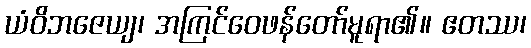
ယံဝိဘဇေယျ၊ အကြင်ဝေဖန်တော်မူရာ၏။ ဧတဿ၊